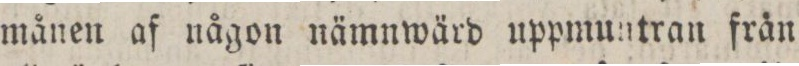
månen af någon nämnwärd uppmuntran från